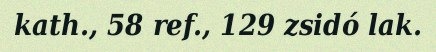
kath., 58 ref., 129 zsidó lak.